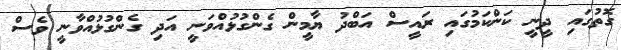
ގޮތުގައި ދީނީ ކަންކަމުގައި ރައީސް އަބްދު ޔާމީން ގެންގުޅުއްވަނީ އަދި ގެންގުޅުއްވާނީ ވެސް